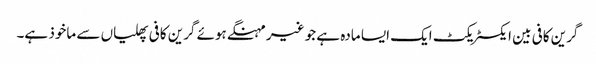
گرین کافی بین ایکسٹریکٹ ایک ایسا مادہ ہے جو غیر مہنگے ہوئے گرین کافی پھلیاں سے ماخوذ ہے۔